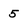
Character: 5